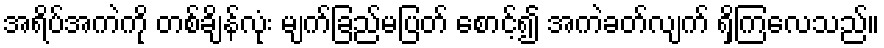
အရိပ်အကဲကို တစ်ချိန်လုံး မျက်ခြည်မပြတ် စောင့်၍ အကဲခတ်လျက် ရှိကြလေသည်။